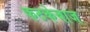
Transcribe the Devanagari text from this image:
फटकेबाज